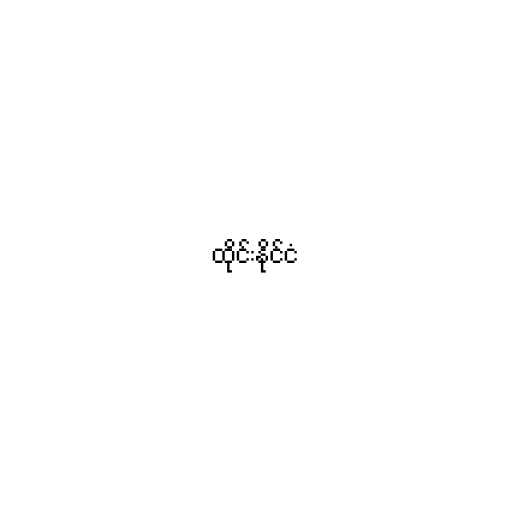
ထိုင်းနိုင်ငံ